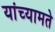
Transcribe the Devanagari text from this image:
यांच्यामते